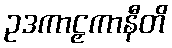
ဥဒကာဠှကာနီတိ